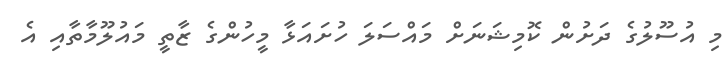
މި އުސޫލުގެ ދަށުން ކޮމިޝަނަށް މައްސަލަ ހުށައަޅާ މީހުންގެ ޒާތީ މައުލޫމާތާއި އެ